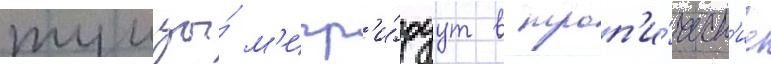
тунцы́ м'игр'и́руут в троп'и́ческ'ие